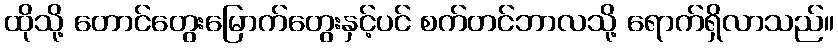
ထိုသို့ တောင်တွေးမြောက်တွေးနှင့်ပင် စက်တင်ဘာလသို့ ရောက်ရှိလာသည်။